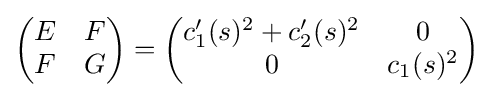
{\begin{pmatrix}E&F\\F&G\end{pmatrix}}={\begin{pmatrix}c_{1}'(s)^{2}+c_{2}'(s)^{2}&0\\0&c_{1}(s)^{2}\end{pmatrix}}